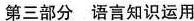
第三部分 语言知识运用